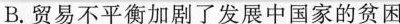
B.贸易不平衡加剧了发展中国家的贫困